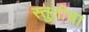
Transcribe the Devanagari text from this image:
स्तुतीचा